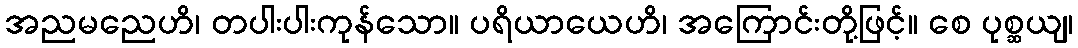
အညမညေဟိ၊ တပါးပါးကုန်သော။ ပရိယာယေဟိ၊ အကြောင်းတို့ဖြင့်။ စေ ပုစ္ဆယျ၊